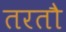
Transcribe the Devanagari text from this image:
तरतौ